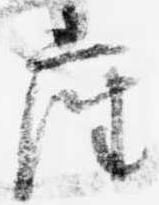
座